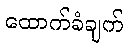
ထောက်ခံချက်